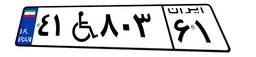
۴۱W۸۰۳۶۱